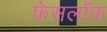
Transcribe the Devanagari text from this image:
फेसलॉक